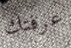
عرفتك